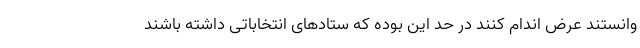
وانستند عرض اندام کنند در حد این بوده که ستادهای انتخاباتی داشته باشند